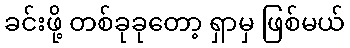
ခင်းဖို့ တစ်ခုခုတော့ ရှာမှ ဖြစ်မယ်